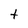
Character: t